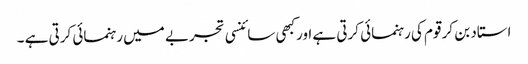
استاد بن کر قوم کی رہنمائی کرتی ہے اورکبھی سائنسی تجربے میں رہنمائی کرتی ہے ۔